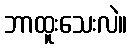
ဘာထူးသေးလဲ။